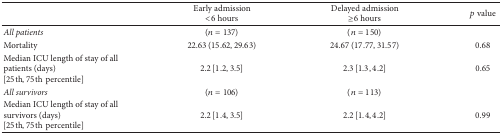
<table><thead><tr><td><b> </b></td><td><b>Early admission&lt;6 hours</b></td><td><b>Delayed admission≥6 hours</b></td><td><b><i>p</i> value</b></td></tr></thead><tbody><tr><td><i>All patients</i></td><td>(<i>n</i> = 137)</td><td>(<i>n</i> = 150)</td><td> </td></tr><tr><td>Mortality</td><td>22.63 (15.62, 29.63)</td><td>24.67 (17.77, 31.57)</td><td>0.68</td></tr><tr><td>Median ICU length of stay of all patients (days) [25th, 75thpercentile]</td><td>2.2 [1.2, 3.5]</td><td>2.3 [1.3, 4.2]</td><td>0.65</td></tr><tr><td><i>All survivors</i></td><td>(<i>n</i> = 106)</td><td>(<i>n</i> = 113)</td><td> </td></tr><tr><td>Median ICU length of stay of all survivors (days) [25th, 75thpercentile]</td><td>2.2 [1.4, 3.5]</td><td>2.2 [1.4, 4.2]</td><td>0.99</td></tr></tbody></table>